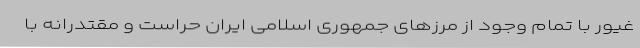
غیور با تمام وجود از مرزهای جمهوری اسلامی ایران حراست و مقتدرانه با